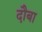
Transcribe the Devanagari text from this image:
दौबा